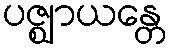
ပဇ္ဈာယန္တေ